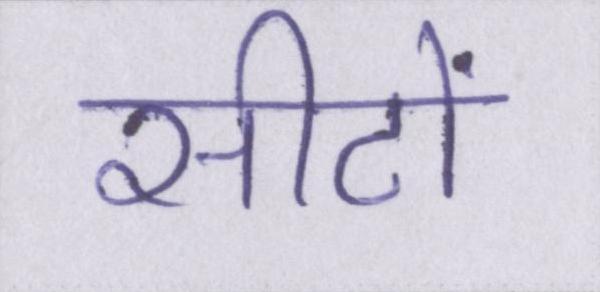
सीटों